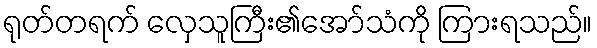
ရုတ်တရက် လှေသူကြီး၏အော်သံကို ကြားရသည်။